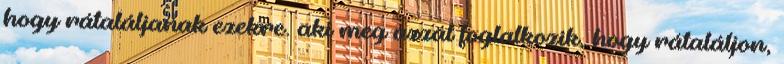
hogy rátaláljanak ezekre. aki meg azzal foglalkozik, hogy rátaláljon,